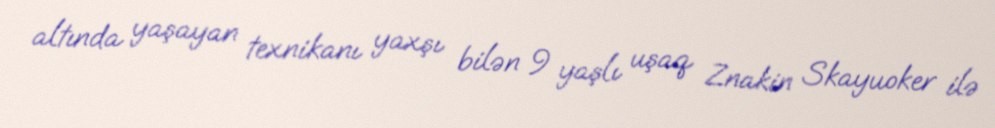
altında yaşayan texnikanı yaxşı bilən 9 yaşlı uşaq Znakin Skayuoker ilə